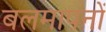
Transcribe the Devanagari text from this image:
बलमापनों